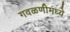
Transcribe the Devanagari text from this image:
गवळणीमध्ये